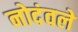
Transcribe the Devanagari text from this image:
नोदंवले